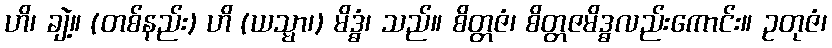
ဟိ၊ ချဲ့။ (တစ်နည်း) ဟိ (ယသ္မာ၊) မိဒ္ဓံ၊ သည်။ စိတ္တဇံ၊ စိတ္တဇမိဒ္ဓလည်းကောင်း။ ဥတုဇံ၊